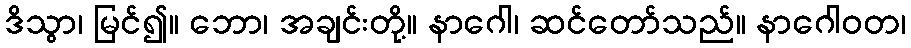
ဒိသွာ၊ မြင်၍။ ဘော၊ အချင်းတို့။ နာဂေါ၊ ဆင်တော်သည်။ နာဂေါဝတ၊